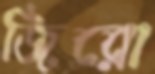
জিরো